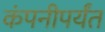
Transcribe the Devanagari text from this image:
कंपनीपर्यंत